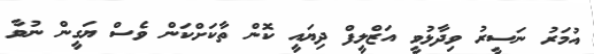
އުމަރު ނަސީރު ވިދާޅުވީ އަޒްލީފް ދިޔައީ ކޮން ތާކަށްކަން ވެސް ޔަގީން ނުވާ